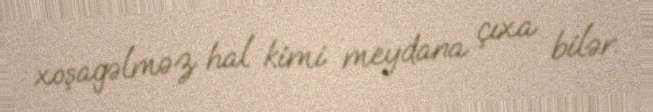
xoşagəlməz hal kimi meydana çıxa bilər.